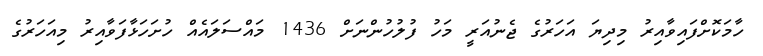
ހާމަކޮށްފައިވާއިރު މިދިޔަ އަހަރުގެ ޖެނުއަރީ މަހު ފުލުހުންނަށް 1436 މައްސަލައެއް ހުށަހަޅާފަވާއިރު މިއަހަރުގެ